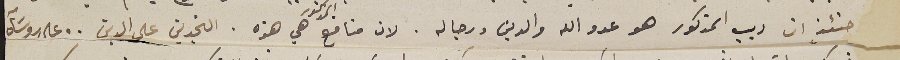
حنئذٍ ان ديب المذكور هو عدو الله والدين ورجاله. لان منافع المذكور هي هذه. التجديف على الدين . على روسَآه